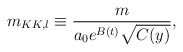
\begin{align*}m_{KK,l} \equiv \frac{m}{a_0 e^{B(t)}\sqrt{C(y)}},\end{align*}